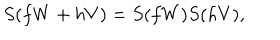
S ( f W + h V ) = S ( f W ) S ( h V ) ,